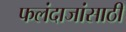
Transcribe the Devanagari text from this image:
फलंदाजांसाठी